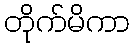
တိုက်မိကာ